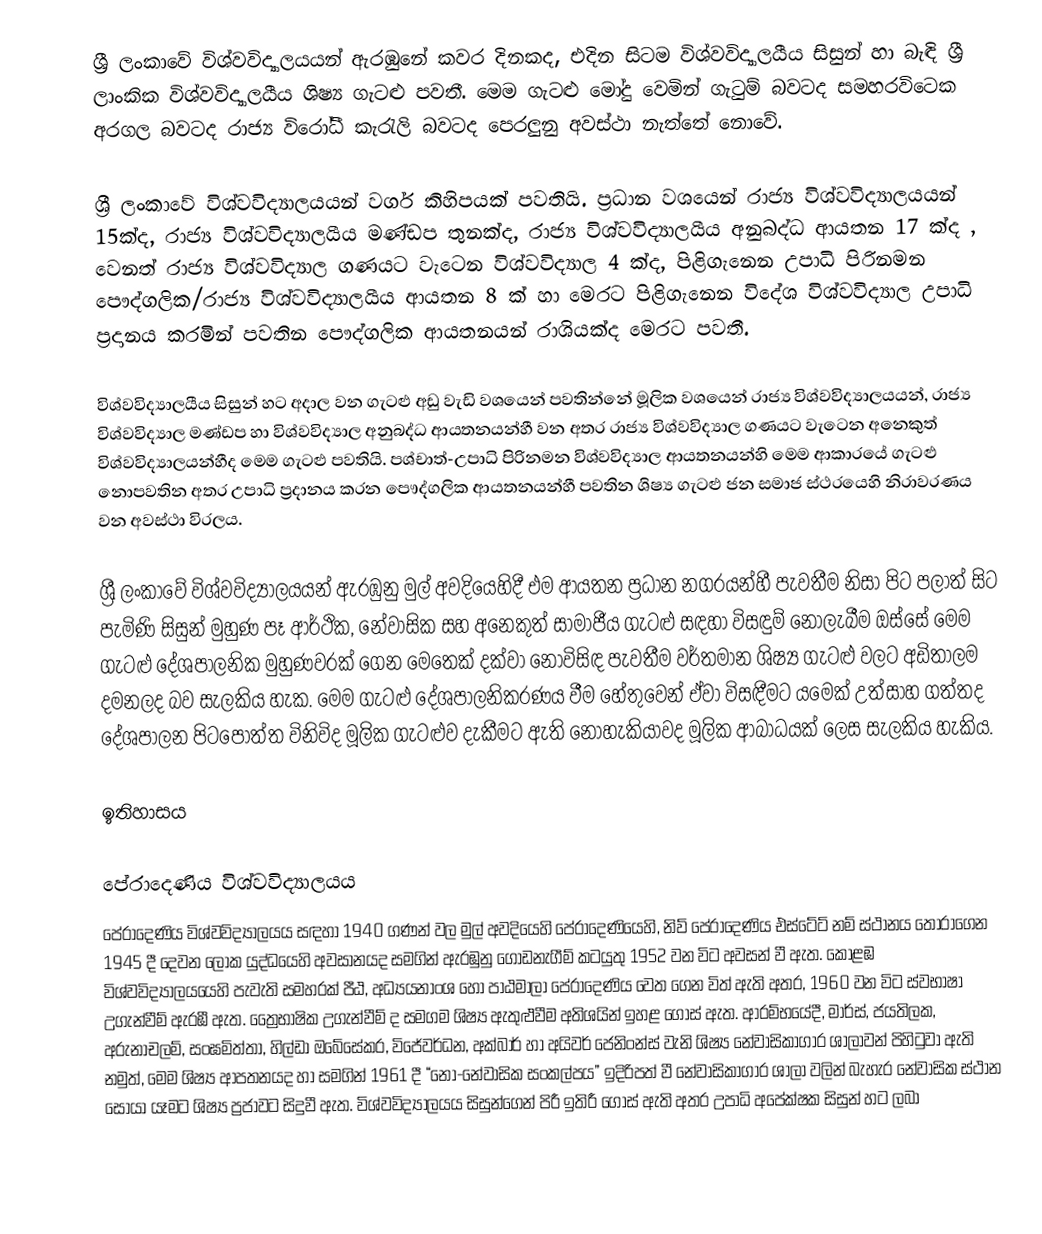
ශ්‍රී ලංකාවේ විශ්වවිද්‍යාලයයන් ඇරඹුනේ කවර දිනකද, එදින සිටම විශ්වවිද්‍යාලයීය සිසුන් හා බැඳි ශ්‍රී ලාංකික විශ්වවිද්‍යාලයීය ශිෂ්‍ය ගැටළු පවතී. මෙම ගැටළු මෝදු වෙමින් ගැටුම් බවටද සමහරවිටෙක අරගල බවටද රාජ්‍ය විරෝධී කැරැලි බවටද පෙරලුනු අවස්ථා නැත්තේ නොවේ.

ශ්‍රී ලංකාවේ විශ්වවිද්‍යාලයයන් වර්ග කිහිපයක් පවතියි. ප්‍රධාන වශයෙන් රාජ්‍ය විශ්වවිද්‍යාලයයන්   15ක්ද,  රාජ්‍ය විශ්වවිද්‍යාලයීය මණ්ඩප තුනක්ද, රාජ්‍ය විශ්වවිද්‍යාලයීය අනුබද්ධ ආයතන 17 ක්ද ,  වෙනත් රාජ්‍ය විශ්වවිද්‍යාල ගණයට වැටෙන විශ්වවිද්‍යාල 4 ක්ද,  පිළිගැනෙන උපාධි පිරිනමන පෞද්ගලික/රාජ්‍ය විශ්වවිද්‍යාලයීය ආයතන 8 ක් හා මෙරට පිළිගැනෙන විදේශ විශ්වවිද්‍යාල උපාධි ප්‍රදානය කරමින් පවතින පෞද්ගලික ආයතනයන් රාශියක්ද මෙරට පවතී.

විශ්වවිද්‍යාලයීය සිසුන් හට අදාල වන ගැටළු අඩු වැඩි වශයෙන් පවතින්නේ මූලික වශයෙන්  රාජ්‍ය විශ්වවිද්‍යාලයයන්, රාජ්‍ය විශ්වවිද්‍යාල මණ්ඩප හා විශ්වවිද්‍යාල අනුබද්ධ ආයතනයන්හී වන අතර රාජ්‍ය විශ්වවිද්‍යාල ගණයට වැටෙන අනෙකුත් විශ්වවිද්‍යාලයන්හීද මෙම ගැටළු පවතියි. පශ්චාත්-උපාධි පිරිනමන විශ්වවිද්‍යාල ආයතනයන්හි මෙම ආකාරයේ ගැටළු නොපවතින අතර උපාධි ප්‍රදානය කරන පෞද්ගලික ආයතනයන්හී පවතින ශිෂ්‍ය ගැටළු ජන සමාජ ස්ථරයෙහි නිරාවරණය වන අවස්ථා විරලය.

ශ්‍රී ලංකාවේ විශ්වවිද්‍යාලයයන් ඇරඹුනු මුල් අවදියෙහිදී එම ආයතන ප්‍රධාන නගරයන්හී පැවතීම නිසා පිට පලාත් සිට පැමිණි සිසුන් මුහුණ පෑ ආර්ථික, නේවාසික සහ අනෙකුත් සාමාජීය ගැටළු සඳහා විසඳුම් නොලැබීම ඔස්සේ මෙම ගැටළු දේශපාලනික මුහුණවරක් ගෙන මෙතෙක් දක්වා නොවිසිඳ පැවතීම වර්තමාන ශිෂ්‍ය ගැටළු වලට අඩිතාලම දමනලද බව සැලකිය හැක. මෙම ගැටළු දේශපාලනිකරණය වීම හේතුවෙන් ඒවා විසඳීමට යමෙක් උත්සාහ ගත්තද දේශපාලන පිටපොත්ත විනිවිද මූලික ගැටළුව දැකීමට ඇති නොහැකියාවද මූලික ආබාධයක් ලෙස සැලකිය හැකිය.

ඉතිහාසය

පේරාදෙණිය විශ්වවිද්‍යාලයය
පේරාදෙණිය විශ්වවිද්‍යාලයය  සඳහා 1940 ගණන් වල  මුල් අවදියෙහි පේරාදෙණියෙහි, නිව් පේරාදෙණිය එස්ටේට් නම් ස්ථානය තෝරාගෙන 1945 දී දෙවන ලෝක යුද්ධයෙහි අවසානයද සමගින් ඇරඹුනු ගොඩනැගීම් කටයුතු 1952 වන විට අවසන් වී ඇත. කොළඹ විශ්වවිද්‍යාලයයෙහි පැවැති සමහරක් පීඨ, අධ්‍යයනාංශ හෝ පාඨමාලා  පේරාදෙණිය වෙත ගෙන විත් ඇති අතර, 1960 වන විට ස්වභාෂා උගැන්වීම් ඇරඹී ඇත. ත්‍රෛභාෂික උගැන්වීම් ද සමගම ශිෂ්‍ය ඇතුළුවීම අතිශයින් ඉහළ ගොස් ඇත. ආරම්භයේදී, මාර්ස්, ජයතිලක,  අරුනාචලම්, සංඝමිත්තා, හිල්ඩා ඔබේසේකර, විජේවර්ධන, අක්බාර් හා අයිවර් ජෙනිංන්ස් වැනි ශිෂ්‍ය නේවාසිකාගාර ශාලාවන් පිහිටුවා ඇති නමුත්, මෙම ශිෂ්‍ය ආපතනයද හා සමගින් 1961 දී  “නො-නේවාසික සංකල්පය” ඉදිරිපත් වී නේවාසිකාගාර ශාලා වලින් බැහැර නේවාසික ස්ථාන සොයා යෑමට ශිෂ්‍ය ප්‍රජාවට සිදුවී ඇත. විශ්වවිද්‍යාලයය සිසුන්ගෙන් පිරී ඉතිරී ගොස් ඇති අතර උපාධි අපේක්ෂක සිසුන් හට ලබා